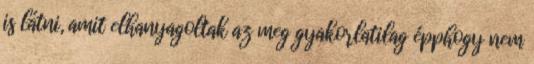
is látni, amit elhanyagoltak az meg gyakorlatilag épphogy nem